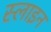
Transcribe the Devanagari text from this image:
स्लाइन